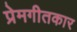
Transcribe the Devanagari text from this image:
प्रेमगीतकार